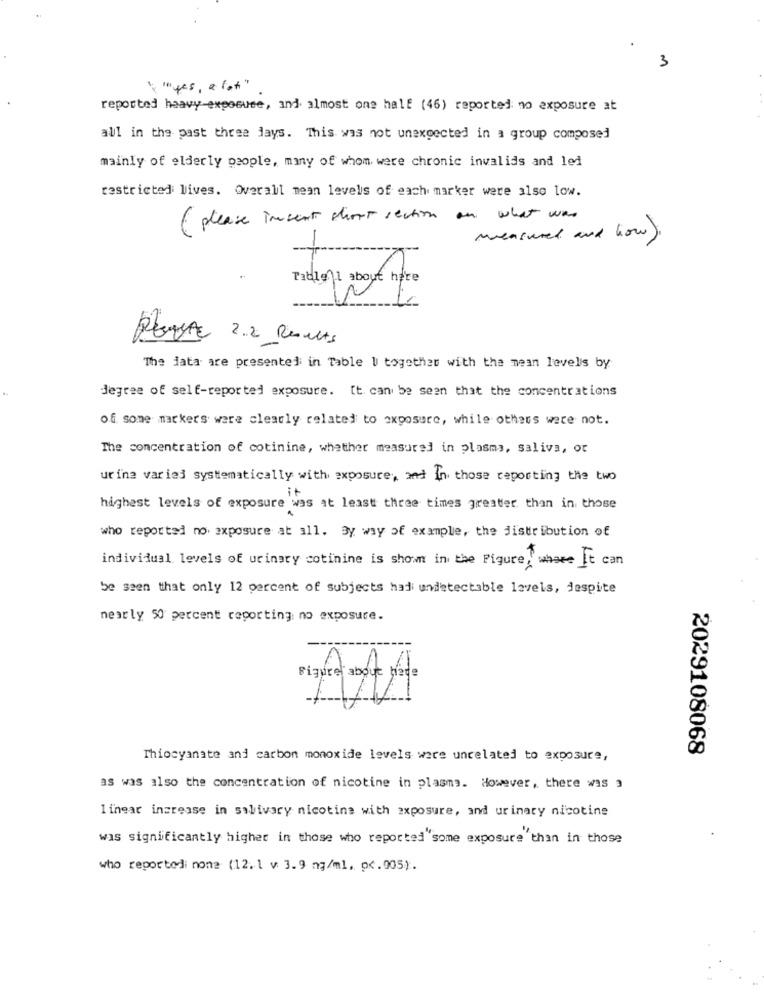
3
\ " yes, a lot"
reported heavy-exposuse, and almost one half (46) reported: no exposure at
all in the past three days. This was not unexpected in a group composed
mainly of elderly people, many of whom were chronic invalids and led
restricted lives. Overall mean levels of each marker were also low.
( please insert short section an what was
measured and how ).
Tablo 1 about hore
Resume 2.2 Results
The data are presented in Table U together with the mean levelis by
degree of self-reported exposure. It can be seen that the concentrations
of some markers were clearly related to exposure, while others were not.
The concentration of cotinine, whether measured in plasma, saliva, or
urine varies systematically with exposure, and in those reporting the two
highest levels of exposure was at least three times greater than in those
who reported no exposure at all. By way of example, the distribution of
individual levels of urinary cotinine is shown in the Figure, where It can
be seen that only 12 percent of subjects hadi undetectable levels, despite
nearly 50 percent reporting no exposure.
2029108068
Thiocyanate and carbon monoxide levels were unrelated to exposure,
as was also the concentration of nicotine in plasma. However, there was a
linear increase in salivary nicotine with exposure, and urinary nicotine
was significantly higher in those who reported"some exposure than in those
who reportedi none (12. 1 v 3.9 ng/ml, pc.005).